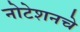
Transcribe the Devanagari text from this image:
नोटेशनचे